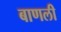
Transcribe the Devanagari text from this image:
बाणली